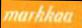
markkaa